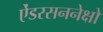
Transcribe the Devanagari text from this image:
ऐंडरसननेक्षो